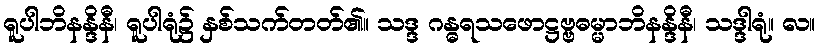
ရူပါဘိနန္ဒိနီ၊ ရူပါရုံ၌ နှစ်သက်တတ်၏။ သဒ္ဒ ဂန္ဓရသဖောဋ္ဌဗ္ဗဓမ္မာဘိနန္ဒိနီ၊ သဒ္ဒါရုံ။ လ။